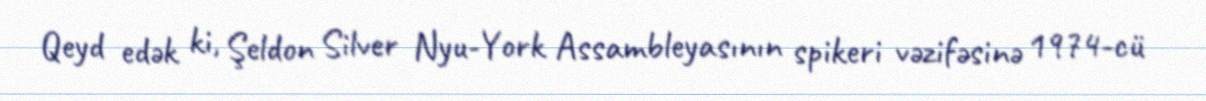
Qeyd edək ki, Şeldon Silver Nyu-York Assambleyasının spikeri vəzifəsinə 1974-cü